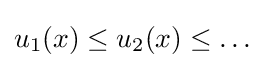
u_{1}(x)\leq u_{2}(x)\leq \dots